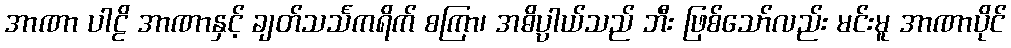
အာဏာ ပါဠိ အာဏာနှင့် ချတ်သင်္သကရိက် စကြာ၊ အဓိပ္ပာယ်သည် ဘီး ဖြစ်သော်လည်း မင်းမူ အာဏာပိုင်